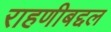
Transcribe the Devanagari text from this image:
राहणीबद्दल